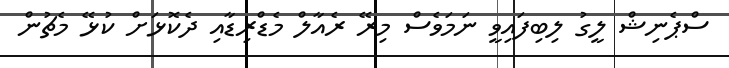
ސްޕެނިޝް ލީގު ލިބިފައިވީ ނަމަވެސް މިރޭ ރެއާލް މެޑްރިޑާއި ދެކޮޅަށް ކުޅޭ މެޗުން